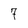
Character: 7